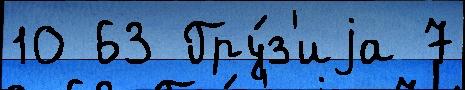
10 63 Гру́з'иjа 7